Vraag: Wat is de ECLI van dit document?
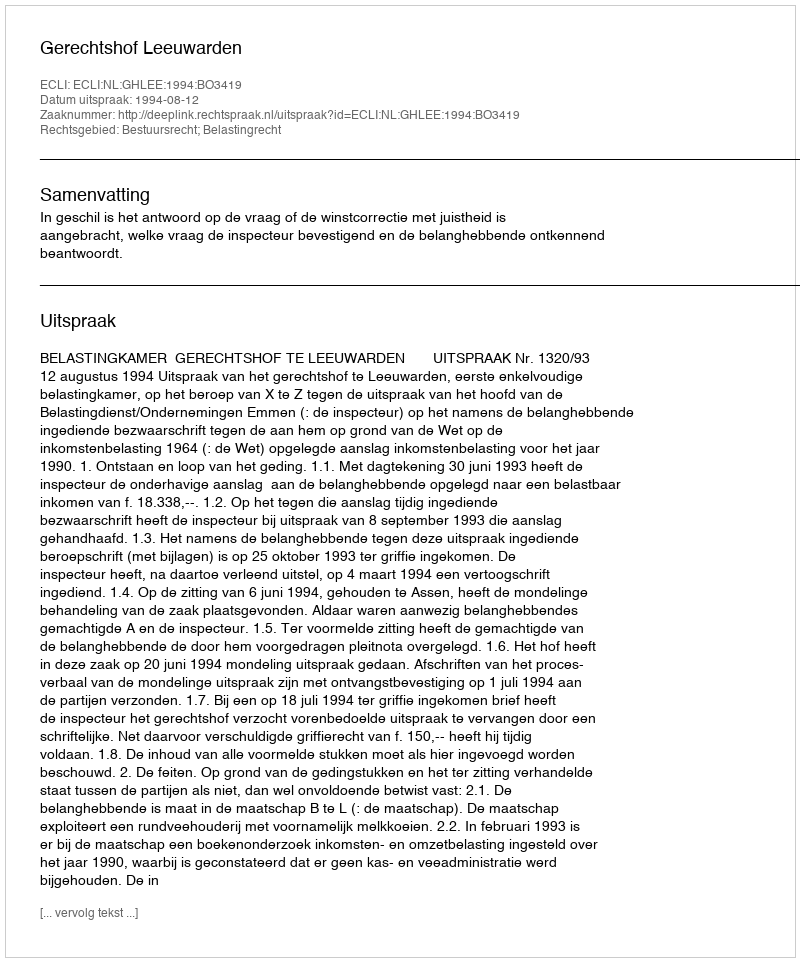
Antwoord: ECLI:NL:GHLEE:1994:BO3419